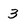
Character: 3